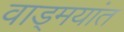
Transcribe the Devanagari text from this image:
वाड्मयांत